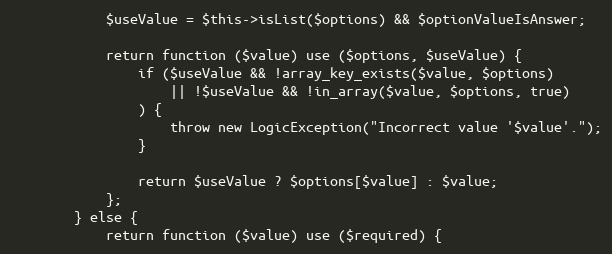
Language: PHP
            $useValue = $this->isList($options) && $optionValueIsAnswer;

            return function ($value) use ($options, $useValue) {
                if ($useValue && !array_key_exists($value, $options)
                    || !$useValue && !in_array($value, $options, true)
                ) {
                    throw new LogicException("Incorrect value '$value'.");
                }

                return $useValue ? $options[$value] : $value;
            };
        } else {
            return function ($value) use ($required) {